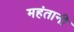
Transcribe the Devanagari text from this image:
महंतानी